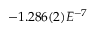
- 1 . 2 8 6 ( 2 ) E ^ { - 7 }